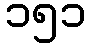
၁၅၁